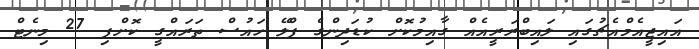
އައިޖީއެމްއެޗުގައި ލައިބްރަރީއެއް ގާއިމުކޮށް ކުޑަދިންގެ ޕްލޭ ހައުސް ތަރައްގީ ކޮށްފި 27 މިނެޓް